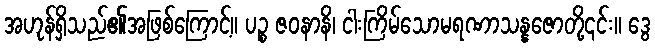
အဟုန်ရှိသည်၏အဖြစ်ကြောင့်။ ပဉ္စ ဇဝနာနိ၊ ငါးကြိမ်သောမရဏာသန္နဇောတို့၎င်း။ ဒွေ